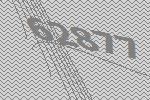
62877